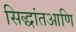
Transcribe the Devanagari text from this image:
सिद्धांतआणि